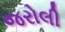
જરોલી